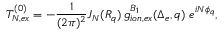
T _ { N , e x } ^ { ( 0 ) } = - \frac { 1 } { ( 2 \pi ) ^ { 2 } } J _ { N } ( { \cal R } _ { q } ) \, g _ { i o n , e x } ^ { B _ { 1 } } ( \Delta _ { e } , q ) \; e ^ { i N \phi _ { q } } ,